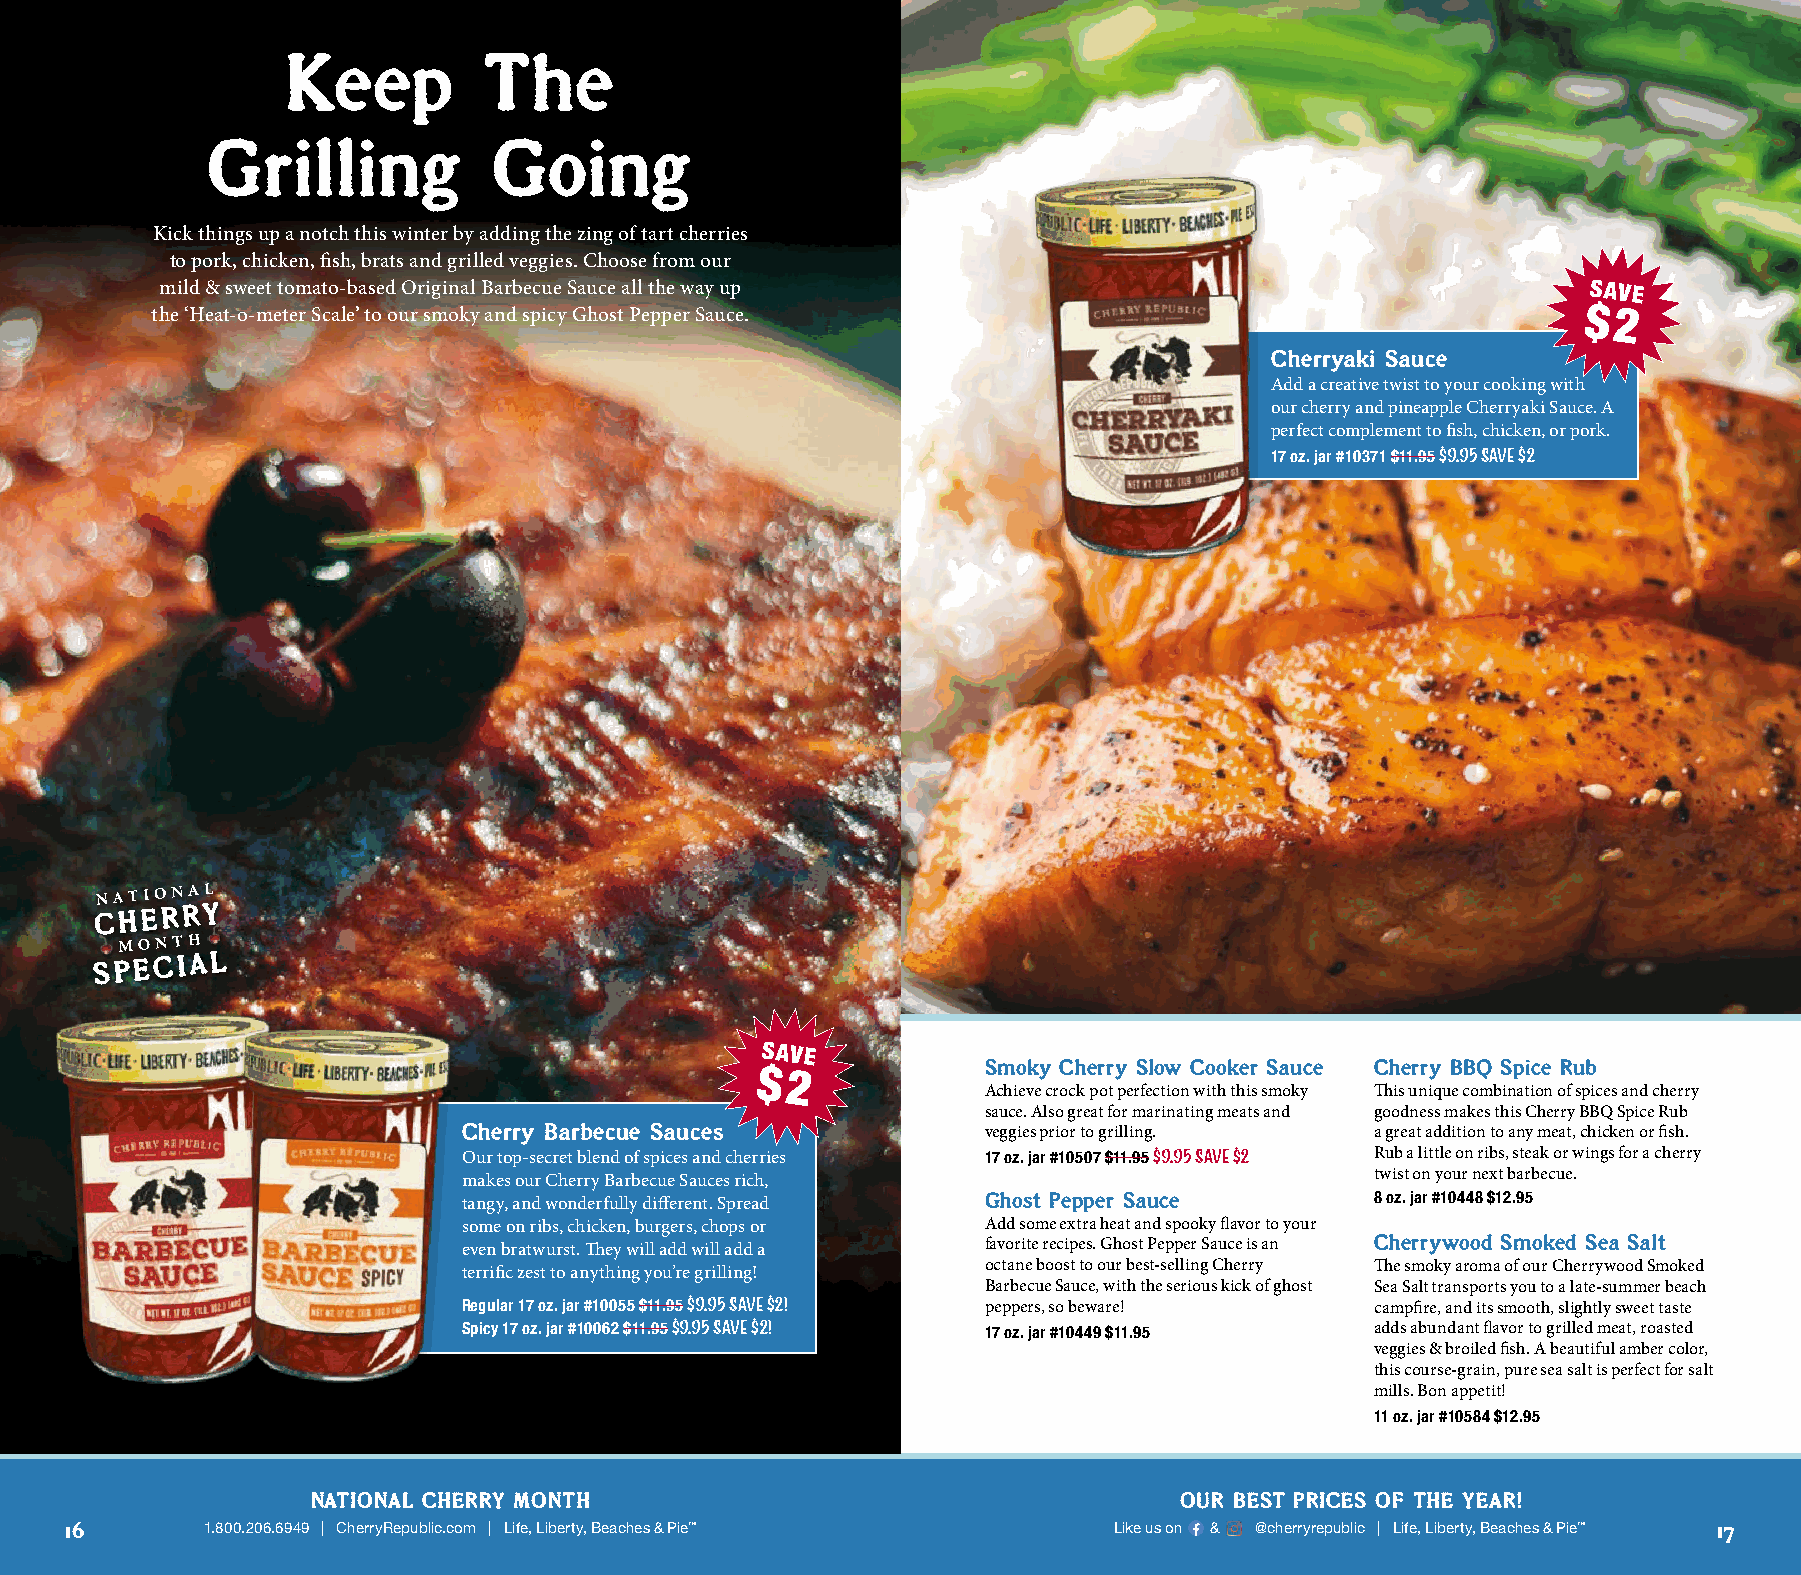
Keep         The
 Grilling           Going
 Kick things up a notch this winter by adding the zing of tart cherries
 to pork, chicken, fish, brats and grilled veggies. Choose from our
 mild & sweet tomato-based Original Barbecue Sauce all the way up                              SAVE
 the ‘Heat-o-meter Scale’ to our smoky and spicy Ghost Pepper Sauce.                            $2
 Cherryaki Sauce
 Add a creative twist to your cooking with
 our cherry and pineapple Cherryaki Sauce. A
 perfect complement to fish, chicken, or pork.
 17 oz. jar #10371 $11.95 $9.95 Save $2
 SPEC  IAL
 SAVE
 Smoky Cherry Slow Cooker Sauce Cherry BBQ Spice Rub
 $2
 Achieve crock pot perfection with this smoky This unique combination of spices and cherry
 sauce. Also great for marinating meats and goodness makes this Cherry BBQ Spice Rub
 Cherry Barbecue Sauces            veggies prior to grilling. a great addition to any meat, chicken or fish.
 Our top-secret blend of spices and cherries 17 oz. jar #10507 $11.95 $9.95 Save $2 Rub a little on ribs, steak or wings for a cherry
 twist on your next barbecue.
 makes our Cherry Barbecue Sauces rich,
 tangy, and wonderfully different. Spread Ghost Pepper Sauce 8 oz. jar #10448 $12.95
 some on ribs, chicken, burgers, chops or Add some extra heat and spooky flavor to your
 even bratwurst. They will add will add a favorite recipes. Ghost Pepper Sauce is an Cherrywood Smoked Sea Salt
 octane boost to our best-selling Cherry The smoky aroma of our Cherrywood Smoked
 terrific zest to anything you’re grilling!
 Barbecue Sauce, with the serious kick of ghost Sea Salt transports you to a late-summer beach
 Regular 17 oz. jar #10055 $11.95 $9.95 Save $2! peppers, so beware! campfire, and its smooth, slightly sweet taste
 Spicy 17 oz. jar #10062 $11.95 $9.95 Save $2! 17 oz. jar #10449 $11.95 adds abundant flavor to grilled meat, roasted
 veggies & broiled fish. A beautiful amber color,
 this course-grain, pure sea salt is perfect for salt
 mills. Bon appetit!
 11 oz. jar #10584 $12.95
 NATIONAL CHERRY MONTH                                    OUR BEST PRICES OF THE YEAR!
 16        1.800.206.6949 | CherryRepublic.com | Life, Liberty, Beaches & Pie™ Like us on & @cherryrepublic | Life, Liberty, Beaches & Pie™ 17